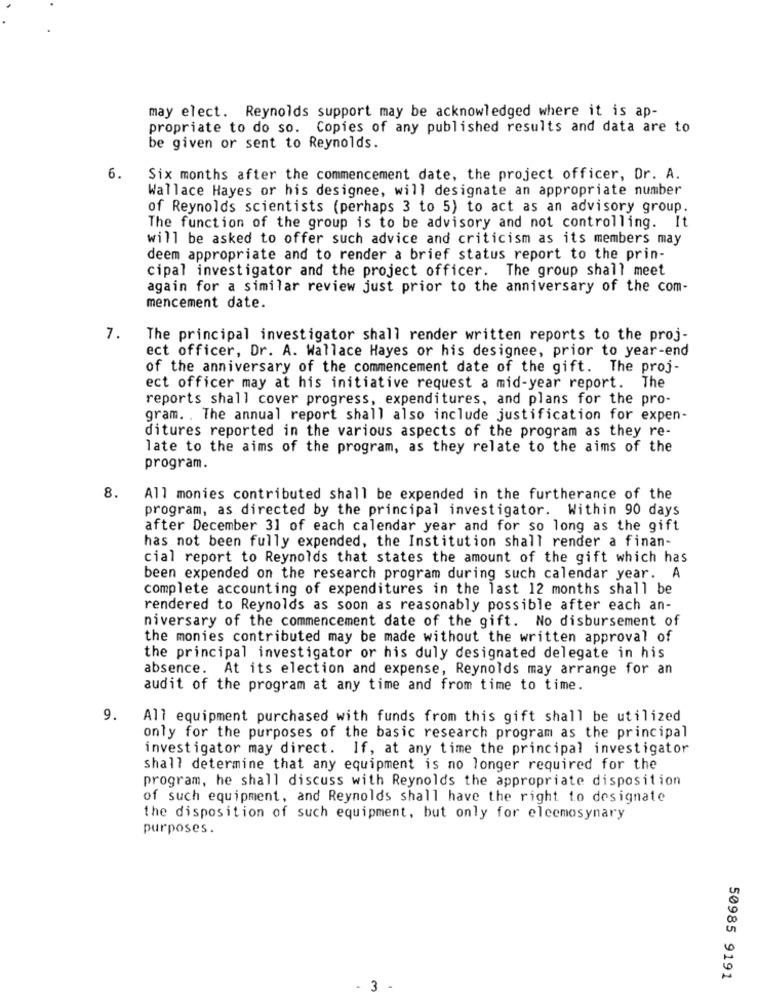
may elect. Reynolds support may be acknowledged where it is ap-
propriate to do so. Copies of any published results and data are to
be given or sent to Reynolds.
6.
Six months after the commencement date, the project officer, Or. A.
Wallace Hayes or his designee, will designate an appropriate number
of Reynolds scientists (perhaps 3 to 5) to act as an advisory group.
The function of the group is to be advisory and not controlling. It
will be asked to offer such advice and criticism as its members may
deem appropriate and to render a brief status report to the prin-
cipal investigator and the project officer. The group shall meet
again for a similar review just prior to the anniversary of the com-
mencement date.
7.
The principal investigator shall render written reports to the proj-
ect officer, Dr. A. Wallace Hayes or his designee, prior to year-end
of the anniversary of the commencement date of the gift. The proj-
ect officer may at his initiative request a mid-year report. The
reports shall cover progress, expenditures, and plans for the pro-
gram. . The annual report shall also include justification for expen-
ditures reported in the various aspects of the program as they re-
late to the aims of the program, as they relate to the aims of the
program.
8.
All monies contributed shall be expended in the furtherance of the
program, as directed by the principal investigator. Within 90 days
after December 31 of each calendar year and for so long as the gift
has not been fully expended, the Institution shall render a finan-
cial report to Reynolds that states the amount of the gift which has
been expended on the research program during such calendar year. A
complete accounting of expenditures in the last 12 months shall be
rendered to Reynolds as soon as reasonably possible after each an-
niversary of the commencement date of the gift. No disbursement of
the monies contributed may be made without the written approval of
the principal investigator or his duly designated delegate in his
absence. At its election and expense, Reynolds may arrange for an
audit of the program at any time and from time to time.
9.
All equipment purchased with funds from this gift shall be utilized
only for the purposes of the basic research program as the principal
investigator may direct. If, at any time the principal investigator
shall determine that any equipment is no longer required for the
program, he shall discuss with Reynolds the appropriate disposition
of such equipment, and Reynolds shall have the right to designate
the disposition of such equipment, but only for elcemosynary
purposes.
50985 9191
3